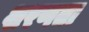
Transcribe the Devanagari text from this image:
शरणता